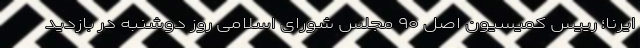
ایرنا؛ رییس کمیسیون اصل ۹۰ مجلس شورای اسلامی روز دوشنبه در بازدید